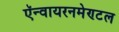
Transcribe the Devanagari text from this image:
ऍन्वायरनमेण्टल